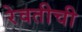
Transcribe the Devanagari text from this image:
रेवतीची